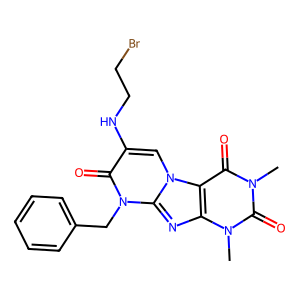
SMILES: Cn1c(=O)c2c(nc3n(Cc4ccccc4)c(=O)c(NCCBr)cn23)n(C)c1=O
Inhibits HIV replication: No